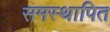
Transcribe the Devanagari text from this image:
समस्थापित